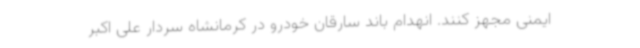
ایمنی مجهز کنند. انهدام باند سارقان خودرو در کرمانشاه سردار علی اکبر